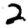
Digit: 2